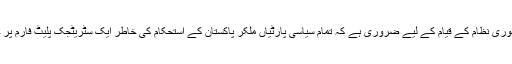
ایک بہترین اور تادیر جمہوری نظام کے قیام کے لیے ضروری ہے کہ تمام سیاسی پارٹیاں ملکر پاکستان کے استحکام کی خاطر ایک سٹریٹجک پلیٹ فارم پر جمع ہونے کا اعلان کریں۔